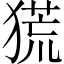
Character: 𤠤